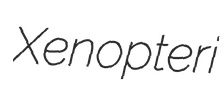
Xenopteri